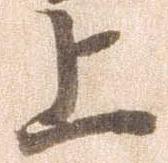
上